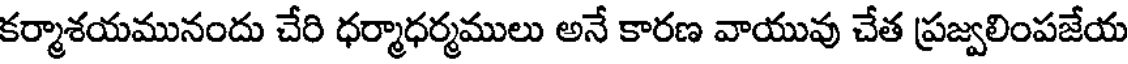
కర్మాశయమునందు చేరి ధర్మాధర్మములు అనే కారణ వాయువు చేత ప్రజ్వలింపజేయ